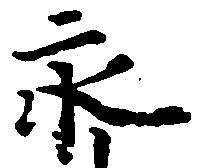
永